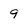
Character: q